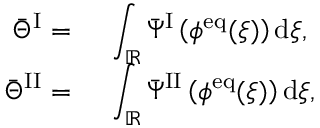
\begin{array} { r l } { \bar { \Theta } ^ { \mathrm { I } } = } & { { } ~ \displaystyle \int _ { \mathbb { R } } \bar { \Psi } ^ { \mathrm { I } } \left( \phi ^ { \mathrm { e q } } ( \xi ) \right) \mathrm { d } \xi , } \\ { \bar { \Theta } ^ { \mathrm { I I } } = } & { { } ~ \displaystyle \int _ { \mathbb { R } } \bar { \Psi } ^ { \mathrm { I I } } \left( \phi ^ { \mathrm { e q } } ( \xi ) \right) \mathrm { d } \xi , } \end{array}